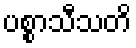
ပစ္စာသီသတိ